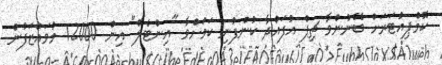
ކޮމްޕިއުޓަރަށް ބޭނުންވާ ޗިޕް އުފައްދާ ކުންފުނި ކަަމަށްވާ "އިންޓެލް" އިން 12000 މުވައްޒަފުން